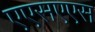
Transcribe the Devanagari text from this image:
एएसएएस